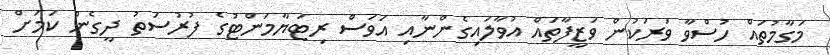
މަގާމުތައް ހުސްވާ ވަރަކުން ވަޒީފާތައް އުވާލައިގެންނާއި އަވަސް ރިޓަޔާމަންޓުގެ ފުރުސަތު ދީގެން ކަމަށް